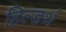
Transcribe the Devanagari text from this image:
हिल्डर्थ